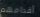
أقدامهم